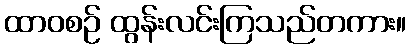
ထာဝစဉ် ထွန်းလင်းကြသည်တကား။